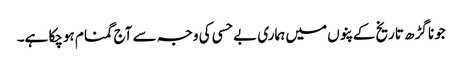
جونا گڑھ تاریخ کے پنوں میں ہماری بے حسی کی وجہ سے آج گمنام ہوچکا ہے۔